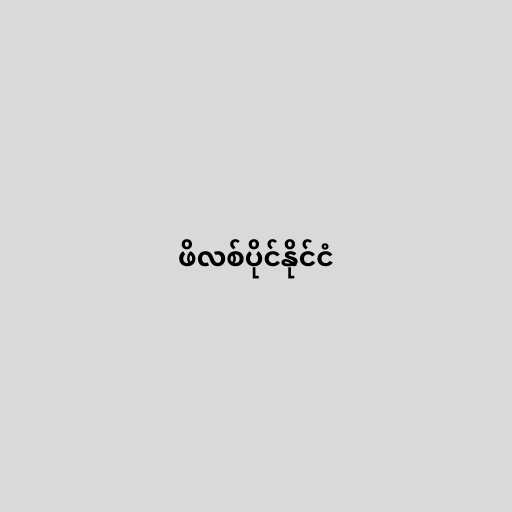
ဖိလစ်ပိုင်နိုင်ငံ